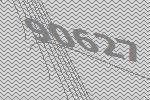
90627